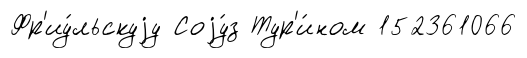
Фр'иу́льскуjу Соjу́з Тур'и́ном 152361066